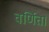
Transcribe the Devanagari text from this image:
वर्णिता